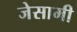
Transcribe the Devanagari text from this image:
जेसामी